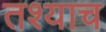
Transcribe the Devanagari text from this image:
तश्याच